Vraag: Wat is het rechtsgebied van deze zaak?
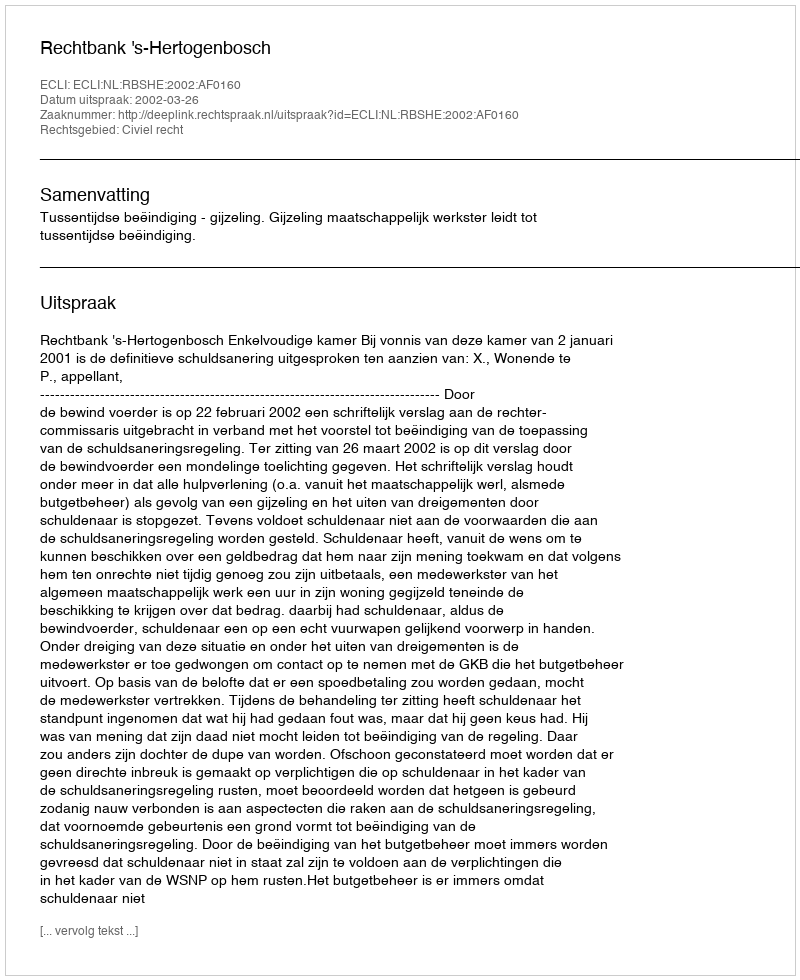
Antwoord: Civiel recht